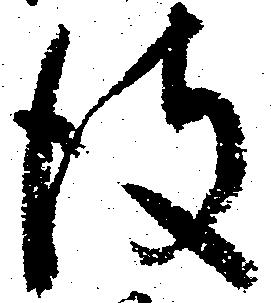
彼